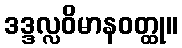
ဒဒ္ဒလ္လဝိမာနဝတ္ထု။